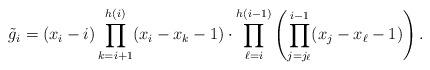
LaTeX: \begin{align*}\begin{aligned}\tilde{g}_i&=(x_i -i)\prod_{k=i+1}^{h(i)}(x_i-x_k -1)\cdot \prod_{\ell=i}^{h(i-1)}\left( \prod_{j=j_{\ell}}^{i-1} (x_j-x_{\ell}-1)\right).\end{aligned}\end{align*}